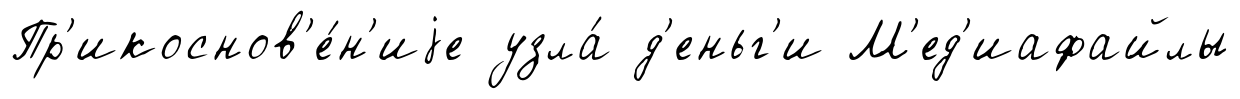
Пр'икоснов'е́н'иjе узла́ д'еньг'и М'ед'иафайлы